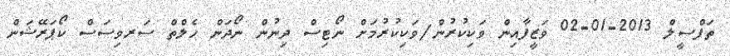
ތަފްސީލް 2013-01-02 ވަޒީފާއިން ވަކިކުރުން/ވަކިކުރުމަށް ނޯޓިސް ދިނުން ނޯދަން ހެލްތް ސަރވިސަސް ކޯޕަރޭޝަން